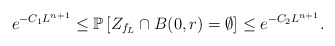
\begin{align*}e^{-C_{1}L^{n+1}} \leq \mathbb P\left[Z_{f_L}\cap B(0,r)=\emptyset\right]\leq e^{-C_{2}L^{n+1}}.\end{align*}